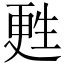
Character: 甦